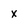
Character: x